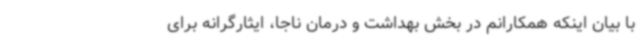
با بیان اینکه همکارانم در بخش بهداشت و درمان ناجا، ایثارگرانه برای